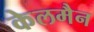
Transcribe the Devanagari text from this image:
केलमैन